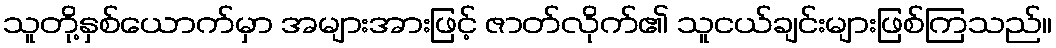
သူတို့နှစ်ယောက်မှာ အများအားဖြင့် ဇာတ်လိုက်၏ သူငယ်ချင်းများဖြစ်ကြသည်။